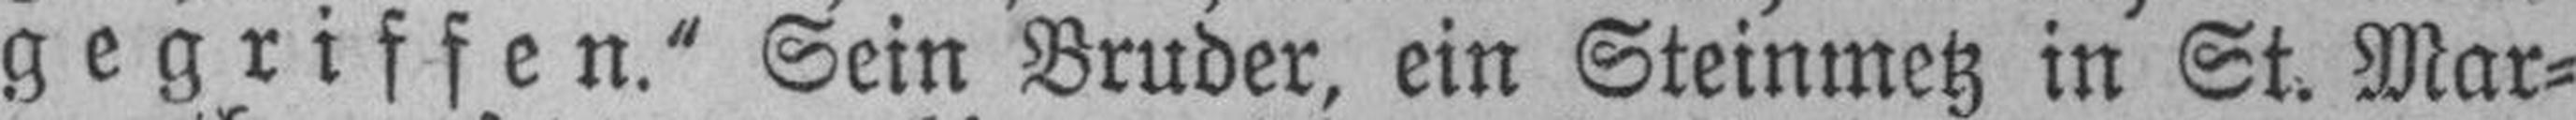
gegriffen.“ Sein Bruder, ein Steinmetz in St. Mar¬